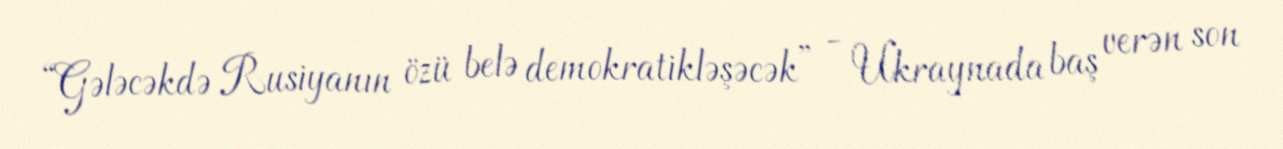
“Gələcəkdə Rusiyanın özü belə demokratikləşəcək” - Ukraynada baş verən son